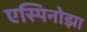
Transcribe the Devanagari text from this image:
एस्पिनोझा